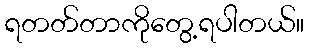
ရတတ်တာကိုတွေ့ရပါတယ်။